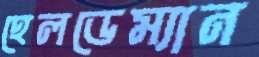
হেলডেম্যান